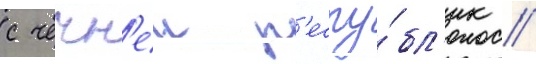
с чечн'еи р'еспу́бл'ик //